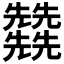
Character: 𠓙